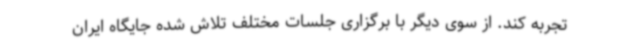
تجربه کند. از سوی دیگر با برگزاری جلسات مختلف تلاش شده جایگاه ایران